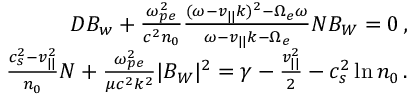
\begin{array} { r } { D B _ { w } + \frac { \omega _ { p e } ^ { 2 } } { c ^ { 2 } n _ { 0 } } \frac { ( \omega - v _ { | | } k ) ^ { 2 } - \Omega _ { e } \omega } { \omega - v _ { | | } k - \Omega _ { e } } N B _ { W } = 0 \, , } \\ { \frac { c _ { s } ^ { 2 } - v _ { | | } ^ { 2 } } { n _ { 0 } } N + \frac { \omega _ { p e } ^ { 2 } } { \mu c ^ { 2 } k ^ { 2 } } | B _ { W } | ^ { 2 } = \gamma - \frac { v _ { | | } ^ { 2 } } { 2 } - c _ { s } ^ { 2 } \ln n _ { 0 } \, . } \end{array}